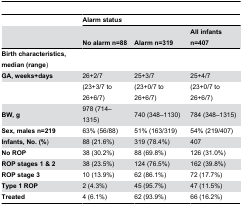
|  | <COLSPAN=3> Alarm status |
 |  | No alarm n=88 | Alarm n=319 | All infants n=407 |
 | --- | --- | --- | --- |
 | Birth characteristics, median (range) | <COLSPAN=3>  |
 | GA, weeks+days | 26+2/7 | 25+3/7 | 25+4/7 |
 |  | (23+3/7 to 26+6/7) | (23+0/7 to 26+6/7) | (23+0/7 to 26+6/7) |
 | BW, g | 978 (714–1315) | 740 (348–1130) | 784 (348–1315) |
 | Sex, males n=219 | 63% (56/88) | 51% (163/319) | 54% (219/407) |
 | Infants, No. (%) | 88 (21.6%) | 319 (78.4%) | 407 |
 | No ROP | 38 (30.2%) | 88 (69.8%) | 126 (31.0%) |
 | ROP stages 1 & 2 | 38 (23.5%) | 124 (76.5%) | 162 (39.8%) |
 | ROP stage 3 | 10 (13.9%) | 62 (86.1%) | 72 (17.7%) |
 | Type 1 ROP | 2 (4.3%) | 45 (95.7%) | 47 (11.5%) |
 | Treated | 4 (6.1%) | 62 (93.9%) | 66 (16.2%) |